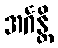
အင်္ဂန္တိ